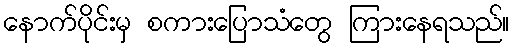
နောက်ပိုင်းမှ စကားပြောသံတွေ ကြားနေရသည်။